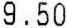
9.50